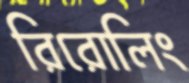
রিরোলিং